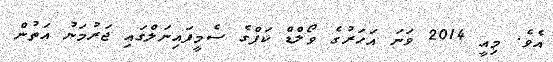
އެވެ. މިއީ 2014 ވަނަ އަހަރުގެ ވޯލްޑް ކަޕްގެ ސެމީފައިނަލްގައި ޖަރުމަނު އަތުން